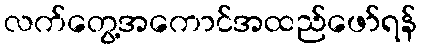
လက်တွေ့အကောင်အထည်ဖော်ရန်